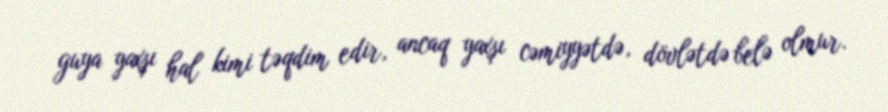
guya yaxşı hal kimi təqdim edir, ancaq yaxşı cəmiyyətdə, dövlətdə belə olmur.